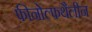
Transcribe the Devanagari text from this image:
फीनोल्फथैलीन